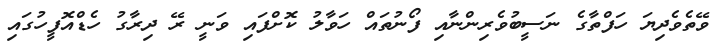
ވޭތެވެދިޔަ ހަފްތާގެ ނަސީބުވެރިންނާއި ފޯނުތައް ހަވާލު ކޮށްފައި ވަނީ ރޭ ދިރާގު ހެޑްއޮފީހުގައި